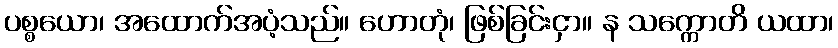
ပစ္စယော၊ အထောက်အပံ့သည်။ ဟောတုံ၊ ဖြစ်ခြင်းငှာ။ န သက္ကောတိ ယထာ၊